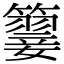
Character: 𥵳